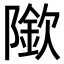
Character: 𨼌